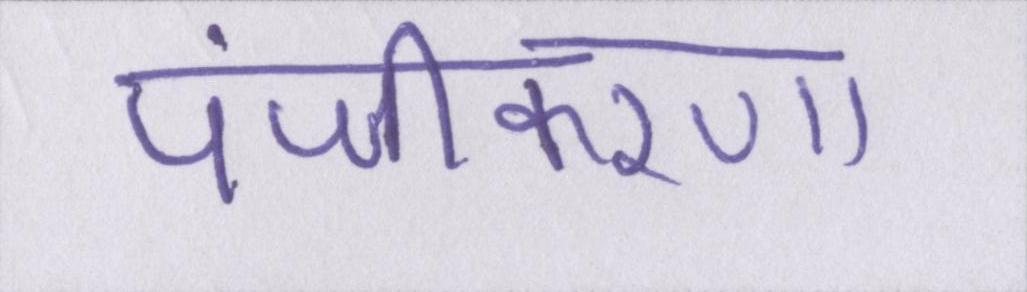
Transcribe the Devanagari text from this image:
पंजीकरण